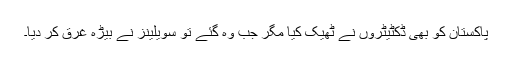
پاکستان کو بھی ڈکٹیٹروں نے ٹھیک کیا مگر جب وہ گئے تو سویلینز نے بیڑہ غرق کر دیا۔